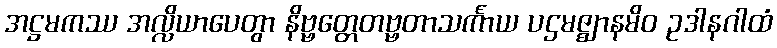
အဋ္ဌမကဿ အလ္လိယာပေတွာ နိဗ္ဗတ္တေတဗ္ဗတာသင်္ကာယ ပဌမဇ္ဈာနမိဝ ဥဒါနဂါထံ